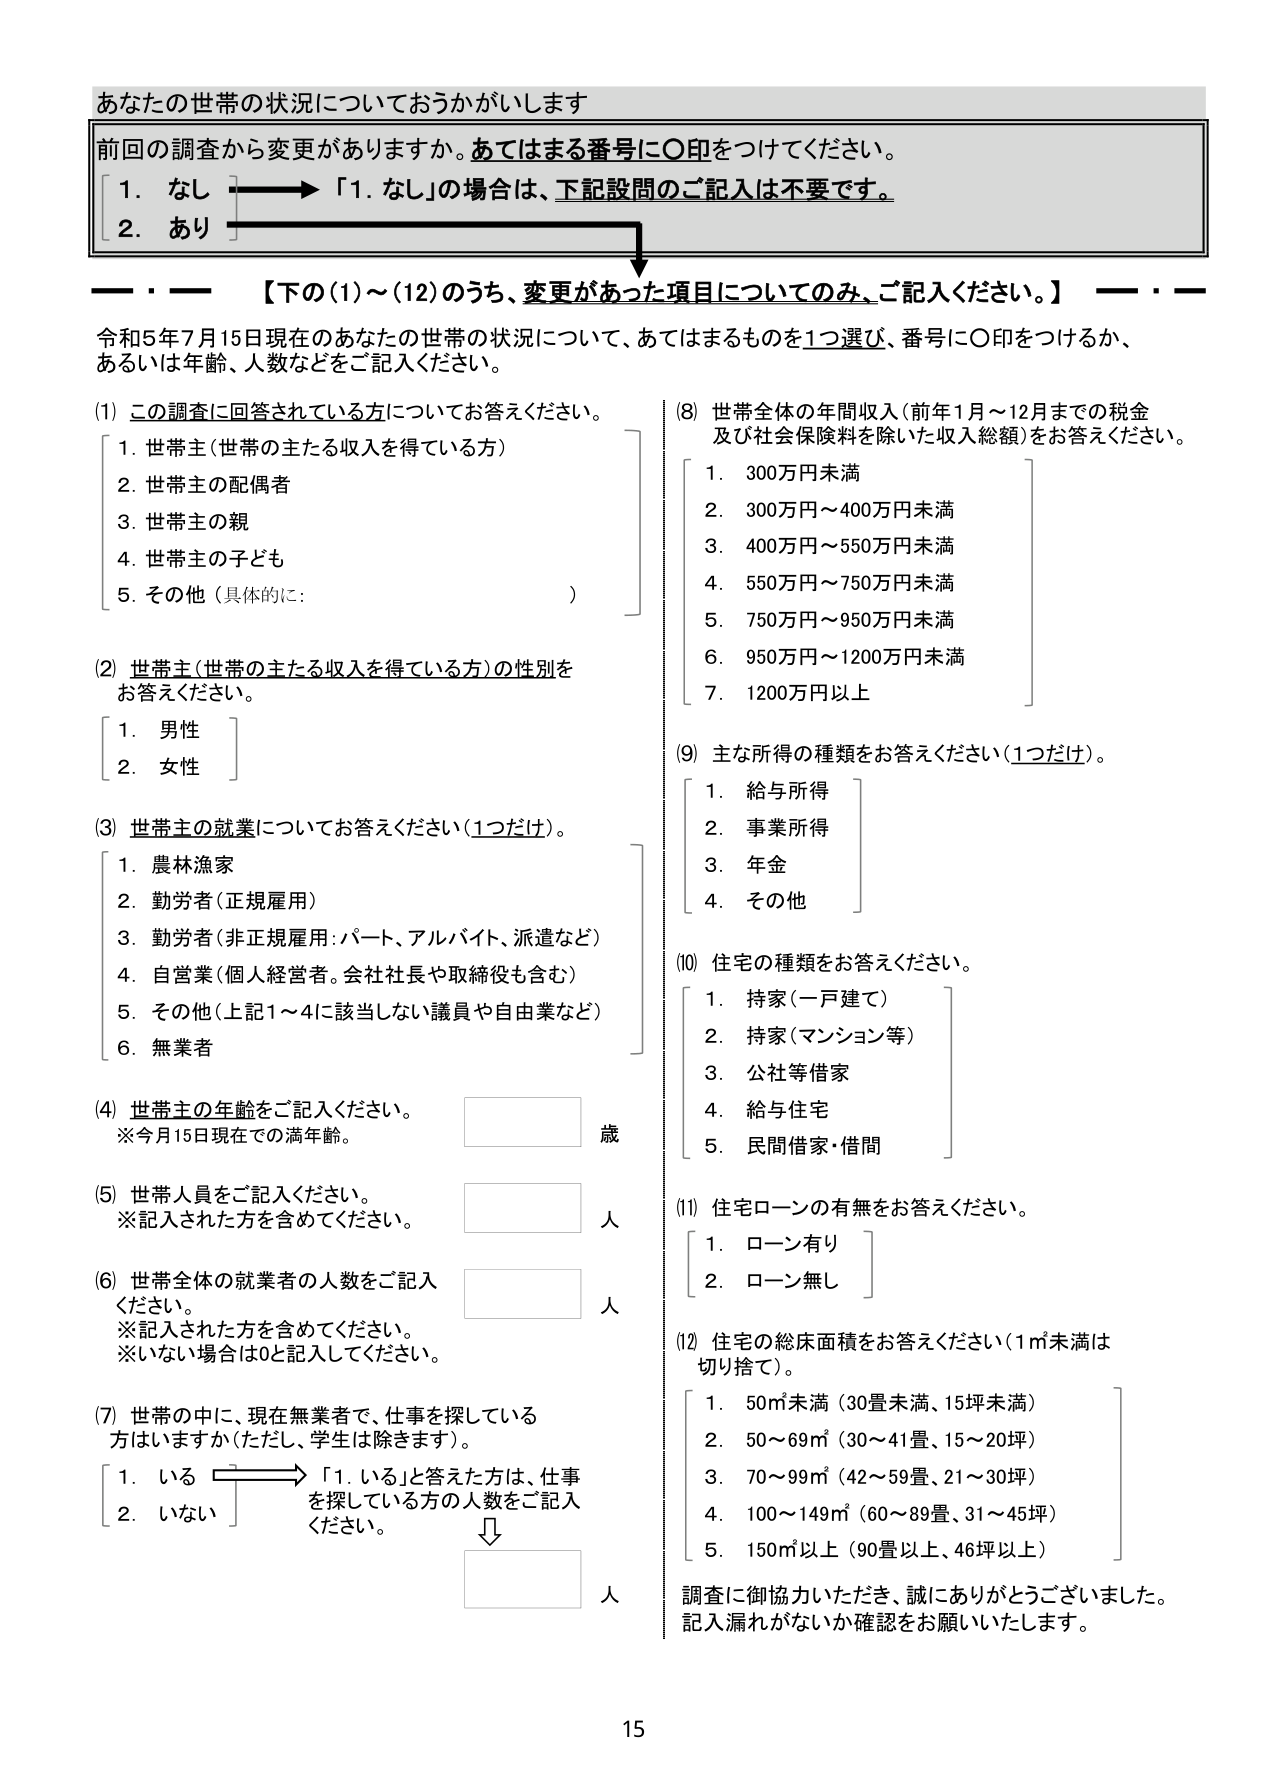
あなたの世帯の状況についておうかがいします

前回の調査から変更がありますか。あてはまる番号に〇印をつけてください。
1. なし → 「1. なし」の場合は、下記設問のご記入は不要です。
2. あり

【下の(1)～(12)のうち、変更があった項目についてのみ、ご記入ください。】

令和5年7月15日現在のあなたの世帯の状況について、あてはまるものを1つ選び、番号に〇印をつけるか、あるいは年齢、人数などをご記入ください。

(1) この調査に回答されている方についてお答えください。
1. 世帯主（世帯の主たる収入を得ている方）
2. 世帯主の配偶者
3. 世帯主の親
4. 世帯主の子ども
5. その他（具体的に： ）

(2) 世帯主（世帯の主たる収入を得ている方）の性別をお答えください。
1. 男性
2. 女性

(3) 世帯主の就業についてお答えください（1つだけ）。
1. 農林漁家
2. 勤労者（正規雇用）
3. 勤労者（非正規雇用：パート、アルバイト、派遣など）
4. 自営業（個人経営者。会社社長や取締役も含む）
5. その他（上記1～4に該当しない議員や自由業など）
6. 無業者

(4) 世帯主の年齢をご記入ください。
※今月15日現在での満年齢。 歳

(5) 世帯人員をご記入ください。
※記入された方を含めてください。 人

(6) 世帯全体の就業者の人数をご記入ください。
※記入された方を含めてください。
※いない場合は0と記入してください。 人

(7) 世帯の中に、現在無業者で、仕事を探している方はいますか（ただし、学生は除きます）。
1. いる → 「1. いる」と答えた方は、仕事を探している方の人数をご記入ください。
2. いない
↓
人

(8) 世帯全体の年間収入（前年1月～12月までの税金及び社会保険料を除いた収入総額）をお答えください。
1. 300万円未満
2. 300万円～400万円未満
3. 400万円～550万円未満
4. 550万円～750万円未満
5. 750万円～950万円未満
6. 950万円～1200万円未満
7. 1200万円以上

(9) 主な所得の種類をお答えください（1つだけ）。
1. 給与所得
2. 事業所得
3. 年金
4. その他

(10) 住宅の種類をお答えください。
1. 持家（一戸建て）
2. 持家（マンション等）
3. 公社等借家
4. 給与住宅
5. 民間借家・借間

(11) 住宅ローンの有無をお答えください。
1. ローン有り
2. ローン無し

(12) 住宅の総床面積をお答えください（1㎡未満は切り捨て）。
1. 50㎡未満（30畳未満、15坪未満）
2. 50～69㎡（30～41畳、15～20坪）
3. 70～99㎡（42～59畳、21～30坪）
4. 100～149㎡（60～89畳、31～45坪）
5. 150㎡以上（90畳以上、46坪以上）

調査に御協力いただき、誠にありがとうございました。
記入漏れがないか確認をお願いいたします。

15